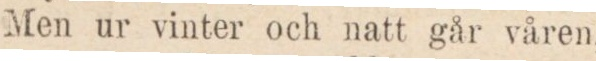
Men ur vinter och natt går våren,